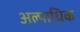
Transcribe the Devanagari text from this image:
अल्पाधिक